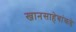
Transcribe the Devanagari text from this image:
खानसाहेबांकडे